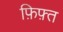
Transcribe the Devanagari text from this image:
फ़िफ़्त